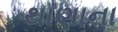
થાણાના